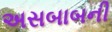
અસબાબની